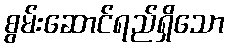
စွမ်းဆောင်ရည်ရှိသော